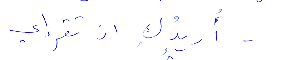
أريدُكِ أن تقرإي